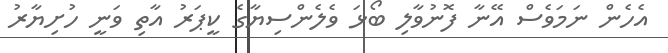
އެހެން ނަމަވެސް އޭނާ ފޮނުވާލި ބޯޅަ ވެލެންސިޔާގެ ކީޕަރު އާތި ވަނީ ހުށިޔާރު